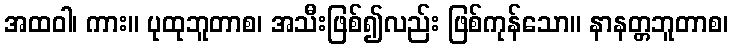
အထဝါ၊ ကား။ ပုထုဘူတာစ၊ အသီးဖြစ်၍လည်း ဖြစ်ကုန်သော။ နာနတ္တဘူတာစ၊